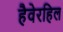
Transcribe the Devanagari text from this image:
हैवेरहिल